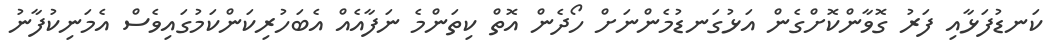
ކަނޑުފަޅާއި ފަރު ގޮވާންކޮށްގެން އަޅުގަނޑުމެންނަށް ހޯދެން އޮތް ކިތަންމެ ނަފާއެއް އެބަހުރިކަންކަމުގައިވެސް އެމަނިކުފާނު